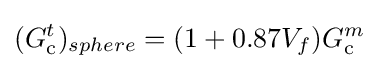
(G_{\rm {c}}^{t})_{sphere}=(1+0.87V_{f})G_{\rm {c}}^{m}